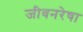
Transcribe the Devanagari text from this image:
जीवनरेषा